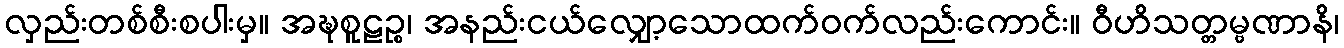
လှည်းတစ်စီးစပါးမှ။ အဍ္ဎစူဠဉ္စ၊ အနည်းငယ်လျှော့သောထက်ဝက်လည်းကောင်း။ ဝီဟိသတ္တမ္ဗဏာနိ၊